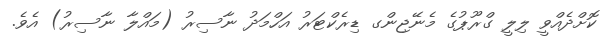
ކޮށްދެއްވީ ލިލީ ގްރޫޕުގެ މެނޭޖިންގ ޑިރެކްޓަރު އަހްމަދު ނާސިރު (މައްލާ ނާސިރު) އެވެ.